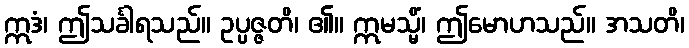
ဣဒံ၊ ဤသင်္ခါရသည်။ ဥပ္ပဇ္ဇတိ၊ ၏။ ဣမသ္မိံ၊ ဤမောဟသည်။ အသတိ၊